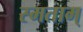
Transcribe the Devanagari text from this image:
स्मताम्